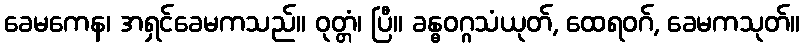
ခေမကေန၊ အရှင်ခေမကသည်။ ဝုတ္တံ၊ ပြီ။ ခန္ဓဝဂ္ဂသံယုတ်, ထေရဝဂ်, ခေမကသုတ်။